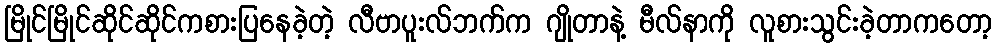
မြိုင်မြိုင်ဆိုင်ဆိုင်ကစားပြနေခဲ့တဲ့ လီဗာပူးလ်ဘက်က ဂျိုတာနဲ့ မီလ်နာကို လူစားသွင်းခဲ့တာကတော့